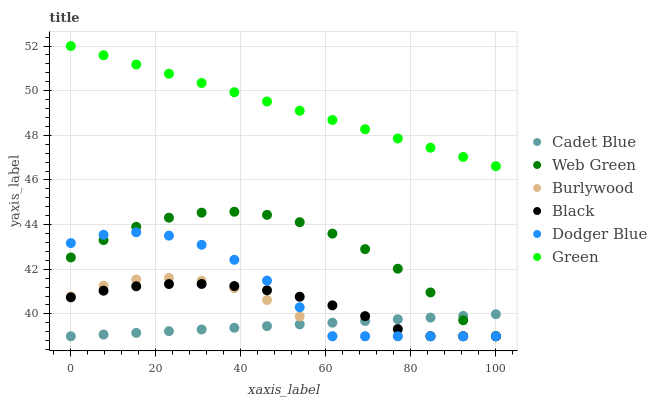
| xaxis_label | Cadet Blue | Web Green | Burlywood | Black | Dodger Blue | Green |
 | --- | --- | --- | --- | --- | --- | --- |
 | 0 | 39 | 42.5 | 40.8 | 40.7 | 43.2 | 52 |
 | 7.69 | 39.1 | 43.3 | 41.3 | 41 | 43.5 | 51.6 |
 | 15.4 | 39.2 | 43.9 | 41.5 | 41.2 | 43.7 | 51.2 |
 | 23.1 | 39.2 | 44.3 | 41.6 | 41.3 | 43.5 | 50.8 |
 | 30.8 | 39.3 | 44.5 | 41.5 | 41.3 | 43.1 | 50.3 |
 | 38.5 | 39.4 | 44.6 | 41.2 | 41.2 | 42.4 | 49.9 |
 | 46.2 | 39.5 | 44.4 | 40.6 | 41.1 | 41.5 | 49.5 |
 | 53.8 | 39.5 | 44.1 | 39.9 | 40.8 | 40.3 | 49.1 |
 | 61.5 | 39.6 | 43.6 | 39 | 40.4 | 39 | 48.7 |
 | 69.2 | 39.7 | 42.9 | 39 | 39.9 | 39 | 48.3 |
 | 76.9 | 39.8 | 42 | 39 | 39.3 | 39 | 47.9 |
 | 84.6 | 39.8 | 41 | 39 | 39 | 39 | 47.4 |
 | 92.3 | 39.9 | 39.7 | 39 | 39 | 39 | 47 |
 | 100 | 40 | 39 | 39 | 39 | 39 | 46.6 |